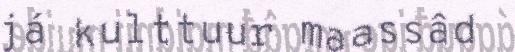
já kulttuur maassâd